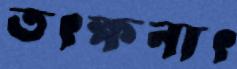
তৎক্ষনাৎ